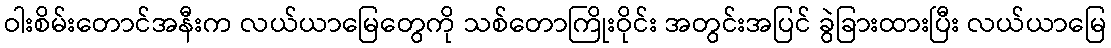
ဝါးစိမ်းတောင်အနီးက လယ်ယာမြေတွေကို သစ်တောကြိုးဝိုင်း အတွင်းအပြင် ခွဲခြားထားပြီး လယ်ယာမြေ